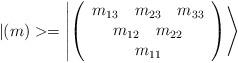
LaTeX: \begin{align*}|(m)>=\left |\left (\begin{array}{c}m_{13}~~~m_{23}~~~m_{33}\\m_{12}~~~m_{22}\\m_{11}\end{array}\right )\right >\end{align*}